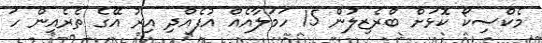
މެކްސިކޯ ކޮޅަށް ބްރެޒިލުން 15 ހަމަލާއެއް އުފެއްދި އިރު އޭގެ ތެރެއިން ހަ